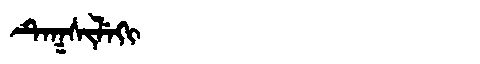
Manchu: ᡨᡝᡴᠰᡳᠯᡝᡴᡳ
Romanization: TEKSILEKI